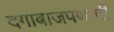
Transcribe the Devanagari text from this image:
दगाबाजपणाची